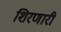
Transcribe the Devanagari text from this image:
शिरणारी